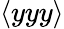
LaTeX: \langle yyy\rangle